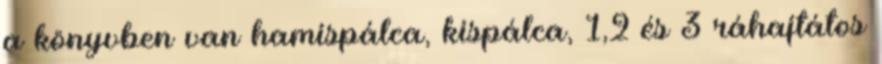
a könyvben van hamispálca, kispálca, 1,2 és 3 ráhajtátos